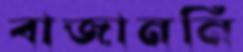
বাজাননি